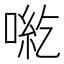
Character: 𠶹